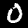
Label: 0